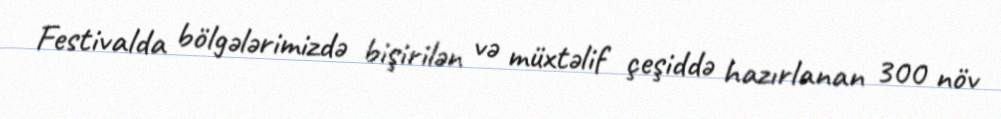
Festivalda bölgələrimizdə bişirilən və müxtəlif çeşiddə hazırlanan 300 növ